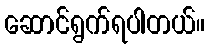
ဆောင်ရွက်ရပါတယ်။